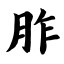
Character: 胙